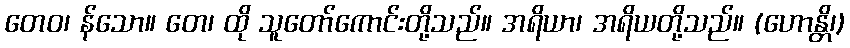
တေဝ၊ န်သော။ တေ၊ ထို သူတော်ကောင်းတို့သည်။ အရိယာ၊ အရိယတို့သည်။ (ဟောန္တိ၊)